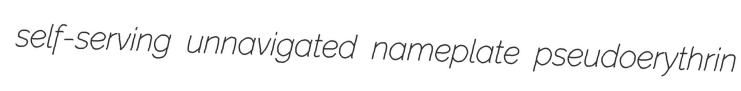
self-serving unnavigated nameplate pseudoerythrin